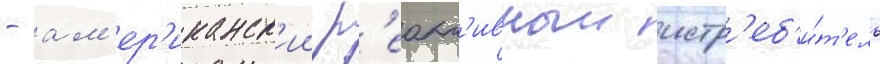
- ам'ер'иканск'ии р'еакт'ивныи истр'еб'и́т'ель